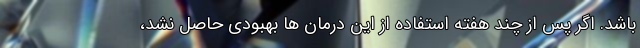
باشد. اگر پس از چند هفته استفاده از این درمان ها بهبودی حاصل نشد،